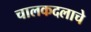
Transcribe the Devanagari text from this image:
चालकदलाचे